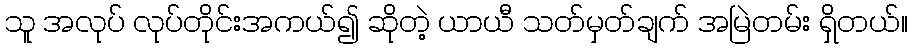
သူ အလုပ် လုပ်တိုင်းအကယ်၍ ဆိုတဲ့ ယာယီ သတ်မှတ်ချက် အမြဲတမ်း ရှိတယ်။